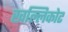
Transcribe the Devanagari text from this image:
खल्लिकोट